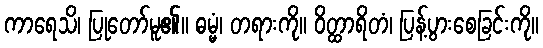
ကာရေသိ၊ ပြုတော်မူ၏။ ဓမ္မံ၊ တရားကို။ ဝိတ္ထာရိတံ၊ ပြန့်ပွားစေခြင်းကို။